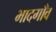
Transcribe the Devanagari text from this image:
भादगाँव